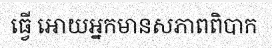
ធ្វើ អោយអ្នកមានសភាពពិបាក